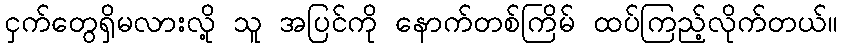
ငှက်တွေရှိမလားလို့ သူ အပြင်ကို နောက်တစ်ကြိမ် ထပ်ကြည့်လိုက်တယ်။